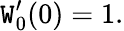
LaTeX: \mathtt{W}_{0}^{\prime}(0)=1.